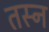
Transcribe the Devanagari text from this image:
तस्न